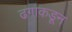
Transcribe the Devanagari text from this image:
ढगाकडून